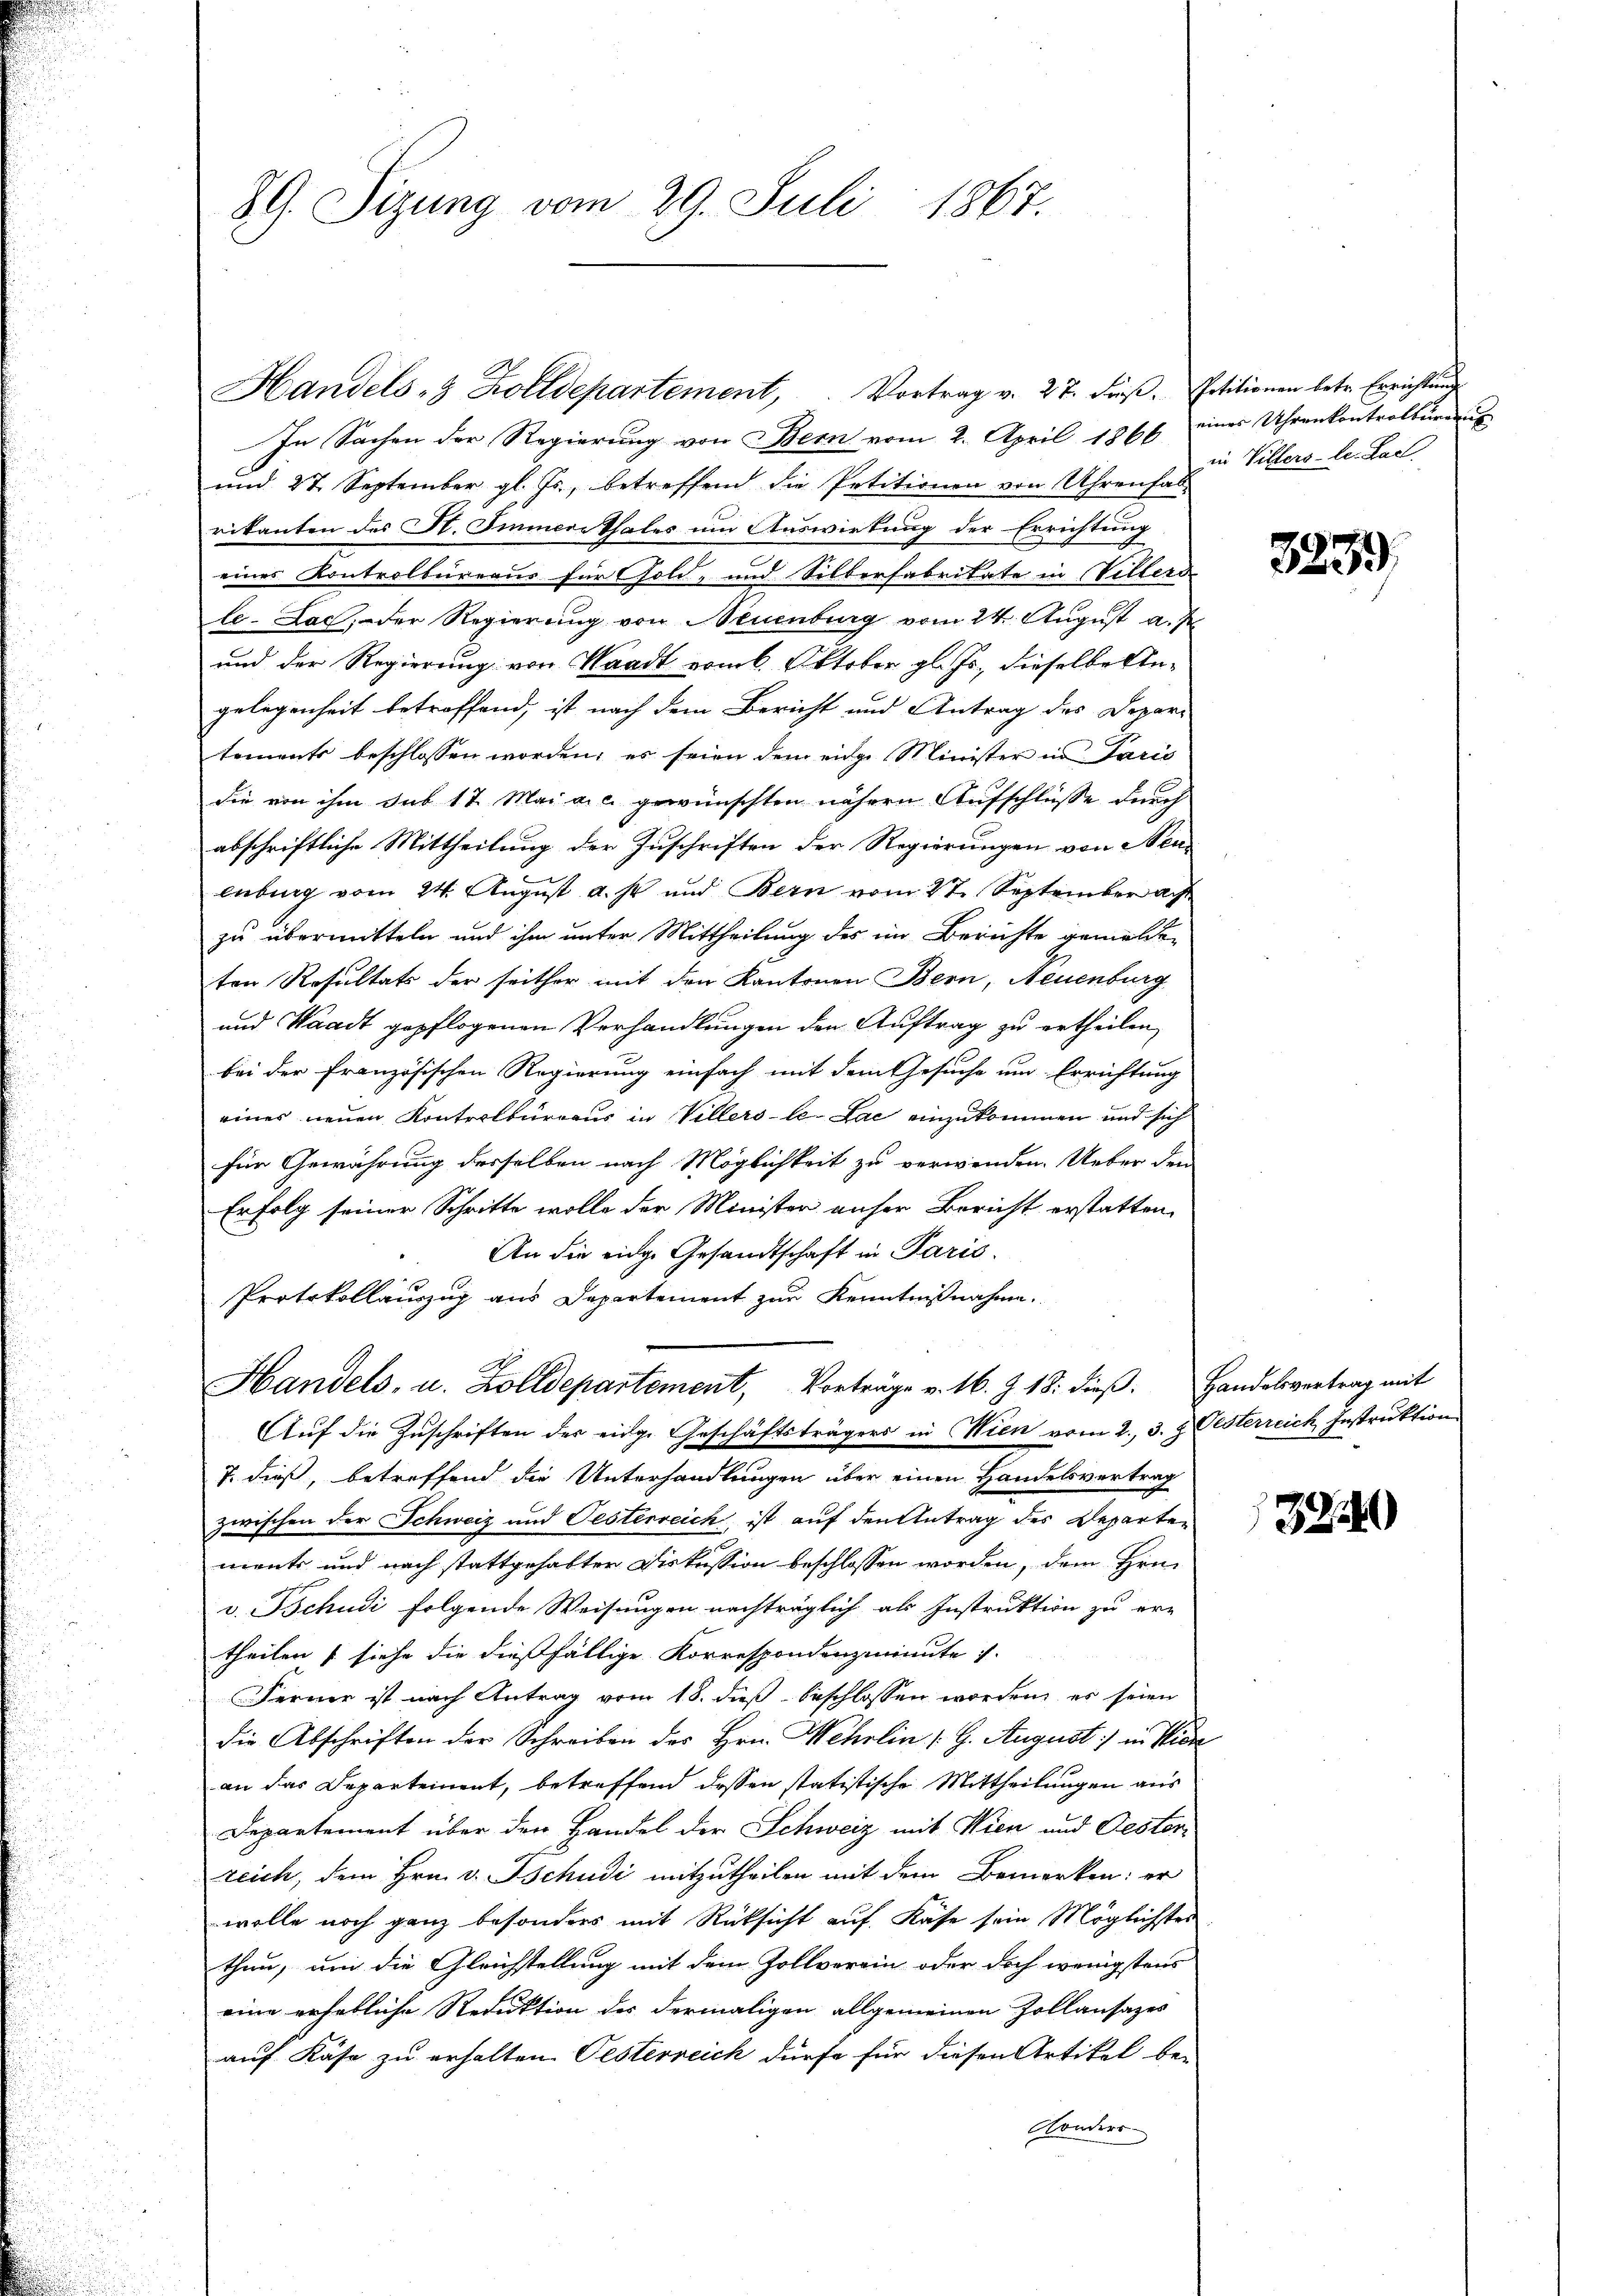
89. Sitzung vom 29. Juli 1867.

In Sachen der Regierung von Bern vom 2. April 1866 eines Uhrenkontrolburea
und 27. September gl. Js., betreffend die Petitionen von Uhrenhal
rikanten des St. Immere Thales um Auswirkung der Errichtung
eines Kontrolbureaus für Fold- und Silberfabritate in Villerdi
le-Lac, der Regierung von Neuenburg vom 24. August a. J
und der Regierung von Waadt vom 6. Oktober gl. Js., dieselbe Angelegenheit betroffend, ist nach dem Bericht und Antrag des Depari
tements beschlossen worden; es seien dem eidge Minister in Paris
die von ihm sub 17. Mai a. c. gewünschten nähern Aufschlüsse durch
abschriftliche Mittheilung der Zuschriften der Regierungen von Neulebung vom 24. August u. s. und Bern vom 27. September au
zu übermitteln und ihm unter Mittheilung des im Berichte gemelden
ten Resultats der seither mit den Kantonen Bern, Neuenburg
und Waadt gepflogenen Verhandlungen den Auftrag zu ertheilen,
bei der Französischen Regierung einfach mit dem Gesuche um Errichtung
eines neuen Kontrolbureaus in Villers-le-Lae einzukommen und sich
für Gewährung desselben nach Möglichkeit zu verwenden. Ueber den
Er folg seiner Schritte wolle der Minister unser Bericht erstatten,
An die eige Gesandtschaft in Paris.
Protokollauszug aus Departement zur Kenntnißnahme.
Handels, u. Zolldepartement, Vorträge v. 16. Z. 18. dieβ. Handelsvertrag mit
Auf die Zuschriften des eidge Geschäftsträgers in Wien vom 2., 3. & Oesterreich Instruktion
7. dieß, betreffend die Unterhandlungen über einen Handelsvertrag
zwischen der Schweiz und Festerreich ist auf den Antrag des Departen
ments und nach stattgehabten Diskussion beschlossen worden, dem Hrn.
v. Tschudi folgende Weisungen nachträglich als Instruktion zu er-
theilen (siehe die dießfällige Korrespondenzminute v
Ferner ist nach Antrag vom 18. dieß beschlossen worden, es seien
die Abschriften der Schreiben des Hrn. Wehrlin (9. August in Wien
an das Departement, betreffend dessen statistische Mittheilungen aus
Departement über den Handel der Schweiz mit Wien und Oesterrzeich, dem Hrn. v. Tschudi mitzutheilen mit dem Bemerken: er
wolle noch ganz besonders mit Rücksicht auf Käse sein Möglichstes
thun, um die Gleichstellung mit dem Zollverein oder doch wenigstens
eine erhebliche Reduktion des dermaligen allgemeinen Zollansazes
auf Käse zu erhalten Pesterreich dürfe für diesen Artikel be-
Konders

Handels- & Zolldepartement, Vortrag v. 27. dβ. Petitionen betr. Errichtŭng

in Villers-Le. Karl

3239

722)